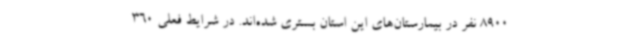
8900 نفر در بیمارستان‌های این استان بستری شده‌اند. در شرایط فعلی 360